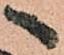
へ